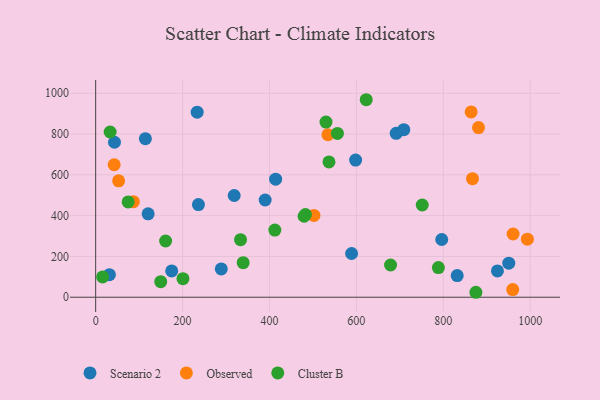
{"axis": {"x": "Distance", "y": "Salary"}, "legend": ["Cluster B", "Observed", "Scenario 2"], "data": [{"x": "114.4", "y": 777.4, "type": "Scenario 2"}, {"x": "175.0", "y": 128.8, "type": "Scenario 2"}, {"x": "390.1", "y": 476.8, "type": "Scenario 2"}, {"x": "31.6", "y": 110.4, "type": "Scenario 2"}, {"x": "589.0", "y": 214.5, "type": "Scenario 2"}, {"x": "236.5", "y": 454.2, "type": "Scenario 2"}, {"x": "832.1", "y": 106.0, "type": "Scenario 2"}, {"x": "598.3", "y": 672.3, "type": "Scenario 2"}, {"x": "120.7", "y": 408.7, "type": "Scenario 2"}, {"x": "414.2", "y": 578.9, "type": "Scenario 2"}, {"x": "924.7", "y": 128.9, "type": "Scenario 2"}, {"x": "796.5", "y": 283.0, "type": "Scenario 2"}, {"x": "691.7", "y": 803.5, "type": "Scenario 2"}, {"x": "43.3", "y": 759.7, "type": "Scenario 2"}, {"x": "318.8", "y": 498.8, "type": "Scenario 2"}, {"x": "289.1", "y": 138.7, "type": "Scenario 2"}, {"x": "950.8", "y": 167.2, "type": "Scenario 2"}, {"x": "233.6", "y": 907.1, "type": "Scenario 2"}, {"x": "709.2", "y": 821.7, "type": "Scenario 2"}, {"x": "86.7", "y": 468.5, "type": "Observed"}, {"x": "881.1", "y": 831.8, "type": "Observed"}, {"x": "864.2", "y": 908.7, "type": "Observed"}, {"x": "502.4", "y": 401.0, "type": "Observed"}, {"x": "960.7", "y": 309.9, "type": "Observed"}, {"x": "534.6", "y": 796.8, "type": "Observed"}, {"x": "42.6", "y": 649.5, "type": "Observed"}, {"x": "867.3", "y": 581.3, "type": "Observed"}, {"x": "959.9", "y": 37.4, "type": "Observed"}, {"x": "993.6", "y": 284.4, "type": "Observed"}, {"x": "52.8", "y": 570.6, "type": "Observed"}, {"x": "751.6", "y": 452.2, "type": "Cluster B"}, {"x": "339.5", "y": 169.2, "type": "Cluster B"}, {"x": "161.0", "y": 275.8, "type": "Cluster B"}, {"x": "556.4", "y": 803.0, "type": "Cluster B"}, {"x": "412.4", "y": 329.4, "type": "Cluster B"}, {"x": "788.8", "y": 145.5, "type": "Cluster B"}, {"x": "482.8", "y": 405.5, "type": "Cluster B"}, {"x": "333.4", "y": 282.3, "type": "Cluster B"}, {"x": "33.3", "y": 810.1, "type": "Cluster B"}, {"x": "622.7", "y": 968.3, "type": "Cluster B"}, {"x": "200.9", "y": 90.9, "type": "Cluster B"}, {"x": "530.1", "y": 858.8, "type": "Cluster B"}, {"x": "875.1", "y": 24.3, "type": "Cluster B"}, {"x": "16.0", "y": 99.7, "type": "Cluster B"}, {"x": "74.7", "y": 467.4, "type": "Cluster B"}, {"x": "479.7", "y": 397.1, "type": "Cluster B"}, {"x": "537.0", "y": 663.5, "type": "Cluster B"}, {"x": "678.7", "y": 158.1, "type": "Cluster B"}, {"x": "149.7", "y": 76.4, "type": "Cluster B"}]}